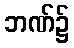
ဘဏ်၌